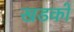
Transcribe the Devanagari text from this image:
खडकों